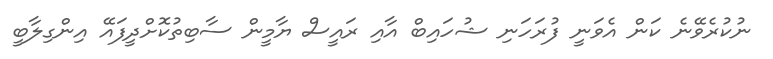
ނުކުރެވޭނެ ކަން އެވަނީ ފުރަހަނި ޝުހައިބް އާއި ރައީސް ޔާމީން ސާބިތުކޮށްދީފައޭ އިންގިލާބީ